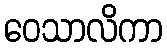
ဝေသာလိကာ